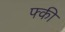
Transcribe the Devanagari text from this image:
फ्की